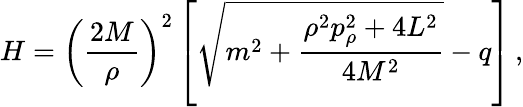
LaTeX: H=\left(\frac{2M}{\rho}\right)^{2}\left[\sqrt{m^{2}+\frac{\rho^{2}p_{\rho}^{2}+4L^{2}}{4M^{2}}}-q\right]\, ,